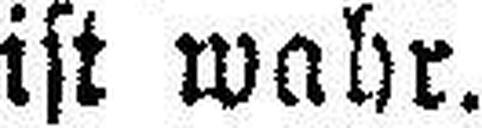
ist wahr.